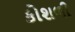
કોશળી